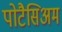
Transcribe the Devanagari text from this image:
पोटैसिअम